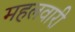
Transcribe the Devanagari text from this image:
महलवारी